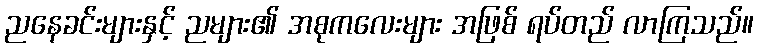
ညနေခင်းများနှင့် ညများ၏ အစုကလေးများ အဖြစ် ရပ်တည် လာကြသည်။